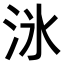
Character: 𬇟